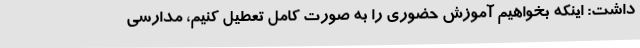
داشت: اینکه بخواهیم آموزش حضوری را به صورت کامل تعطیل کنیم، مدارسی